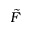
\tilde { F }